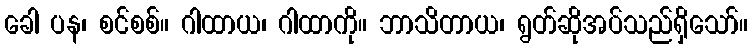
ခေါ ပန၊ စင်စစ်။ ဂါထာယ၊ ဂါထာကို။ ဘာသိတာယ၊ ရွတ်ဆိုအပ်သည်ရှိသော်။